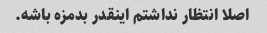
اصلا انتظار نداشتم اینقدر بدمزه باشه.